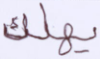
يهلك